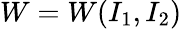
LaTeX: W=W(I_{1},I_{2})